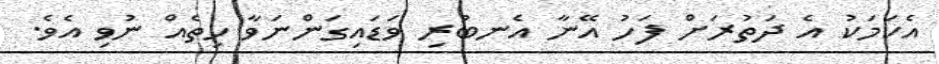
އެކަމަކު އެ ދަތުރަށް ފަހު އޭނާ އެނބުރި ވަޑައިގަންނަވާ ހިތެއް ނުވި އެވެ.